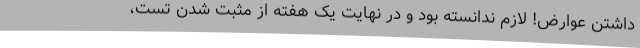
داشتن عوارض! لازم ندانسته بود و در نهایت یک هفته از مثبت شدن تست،